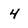
Character: 4